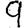
Digit: 9